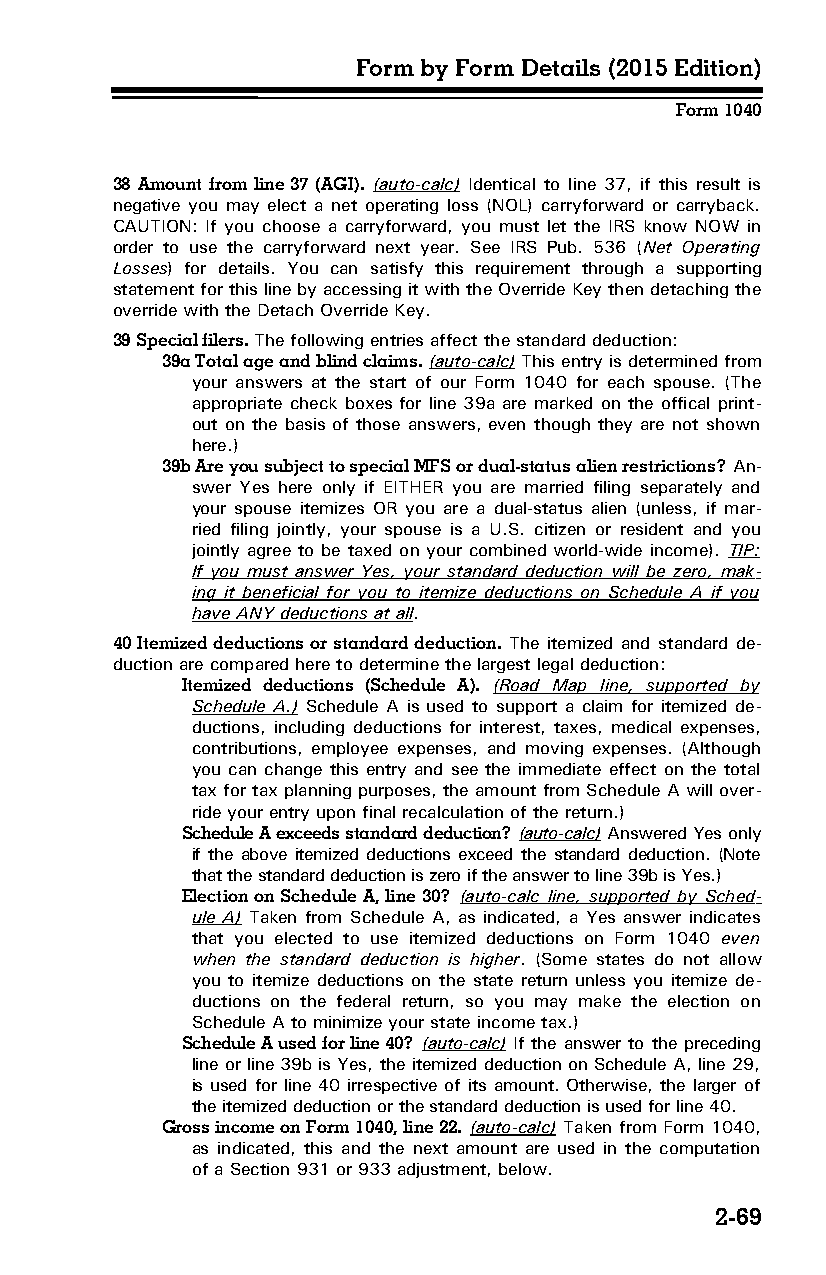
Form by Form Details (2015 Edition)
 Form 1040
 38 Amount from line 37 (AGI). (auto-calc) Identical to line 37, if this result is
 negative you may elect a net operating loss (NOL) carryforward or carryback.
 CAUTION: If you choose a carryforward, you must let the IRS know NOW in
 order to use the carryforward next year. See IRS Pub. 536 (Net Operating
 Losses) for details. You can satisfy this requirement through a supporting
 statement for this line by accessing it with the Override Key then detaching the
 override with the Detach Override Key.
 39 Special filers. The following entries affect the standard deduction:
 39a Total age and blind claims. (auto-calc) This entry is determined from
 your answers at the start of our Form 1040 for each spouse. (The
 appropriate check boxes for line 39a are marked on the offical print­
 out on the basis of those answers, even though they are not shown
 here.)
 39b Are you subject to special MFS or dual-status alien restrictions? An­
 swer Yes here only if EITHER you are married filing separately and
 your spouse itemizes OR you are a dual-status alien (unless, if mar­
 ried filing jointly, your spouse is a U.S. citizen or resident and you
 jointly agree to be taxed on your combined world-wide income). TIP:
 If you must answer Yes, your standard deduction will be zero, mak­
 ing it beneficial for you to itemize deductions on Schedule A if you
 have ANY deductions at all.
 40 Itemized deductions or standard deduction. The itemized and standard de­
 duction are compared here to determine the largest legal deduction:
 Itemized deductions (Schedule A). (Road Map line, supported by
 Schedule A.) Schedule A is used to support a claim for itemized de­
 ductions, including deductions for interest, taxes, medical expenses,
 contributions, employee expenses, and moving expenses. (Although
 you can change this entry and see the immediate effect on the total
 tax for tax planning purposes, the amount from Schedule A will over­
 ride your entry upon final recalculation of the return.)
 Schedule A exceeds standard deduction? (auto-calc) Answered Yes only
 if the above itemized deductions exceed the standard deduction. (Note
 that the standard deduction is zero if the answer to line 39b is Yes.)
 Election on Schedule A, line 30? (auto-calc line, supported by Sched­
 ule A) Taken from Schedule A, as indicated, a Yes answer indicates
 that you elected to use itemized deductions on Form 1040 even
 when the standard deduction is higher. (Some states do not allow
 you to itemize deductions on the state return unless you itemize de­
 ductions on the federal return, so you may make the election on
 Schedule A to minimize your state income tax.)
 Schedule A used for line 40? (auto-calc) If the answer to the preceding
 line or line 39b is Yes, the itemized deduction on Schedule A, line 29,
 is used for line 40 irrespective of its amount. Otherwise, the larger of
 the itemized deduction or the standard deduction is used for line 40.
 Gross income on Form 1040, line 22. (auto-calc) Taken from Form 1040,
 as indicated, this and the next amount are used in the computation
 of a Section 931 or 933 adjustment, below.
 2-69